Annual report on the mental hospital in the Central Provinces and Berar (Nagpur) - 1927-1951
Year: 1927
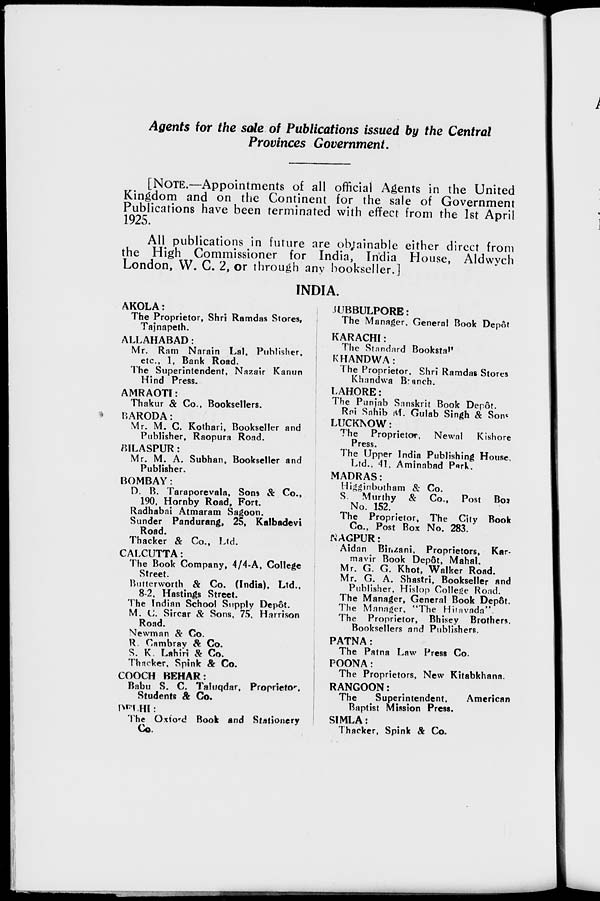
Agents for the sale of Publications issued by the Central
Provinces Government.
[NOTE.—Appointments of all official Agents in the United
Kingdom and on the Continent for the sale of Government
Publications have been terminated with effect from the 1st April
1925.
All publications in future are obtainable either direct from
the High Commissioner for India, India House, Aldwych
London, W. C. 2, or through any bookseller.]
INDIA.
AKOLA:
The Proprietor, Shri Ramdas Stores,
Tajnapeth.
ALLAHABAD:
Mr. Ram Narain Lal, Publisher,
etc., 1, Bank Road.
The Superintendent, Nazair Kanun
Hind Press.
AMRAOTI:
Thakur & Co., Booksellers.
BARODA:
Mr. M. C. Kothari, Bookseller and
Publisher, Raopura Road.
BILASPUR:
Mr. M. A. Subhan, Bookseller and
Publisher.
BOMBAY:
D. B. Taraporevala, Sons & Co.,
190, Hornby Road, Fort.
Radhabai Atmaram Sagoon.
Sunder Pandurang, 25, Kalbadevi
Road.
Thacker & Co., Ltd.
CALCUTTA:
The Book Company, 4/4-A, College
Street.
Butterworth & Co. (India), Ltd.,
8-2, Hastings Street.
The Indian School Supply Depôt.
M. C. Sircar & Sons, 75, Harrison
Road.
Newman & Co.
R. Cambray & Co.
S. K. Lahiri & Co.
Thacker, Spink & Co.
COOCH BEHAR:
Babu S. C. Taluqdar, Proprietor,
Students & Co.
DELHI:
The Oxford Book and Stationery
Co
JUBBULPORE:
The Manager, General Book Depôt
KARACHI:
The Standard Bookstall
KHANDWA:
The Proprietor, Shri Ramdas Stores
Khandwa Branch.
LAHORE:
The Punjab Sanskrit Book Depôt.
Rai Sahib M. Gulab Singh & Sons
LUCKNOW:
The Proprietor, Newal
Kishore
Press.
The Upper India Publishing House,
Ltd., 41, Aminabad Park.
MADRAS:
Higginbotham & Co.
S. Murthy & Co., Post Box
No. 152.
The Proprietor, The City Book
Co., Post Box No. 283.
NAGPUR:
Aidan Binzani, Proprietors, Kar-
mavir Book Depôt, Mahal.
Mr. G. G. Khot, Walker Road.
Mr. G. A. Shastri, Bookseller and
Publisher, Hislop College Road.
The Manager, General Book Depôt.
The Manager, "The Hitavada".
The Proprietor, Bhisey Brothers.
Booksellers and Publishers.
PATNA:
The Patna Law Press Co.
POONA:
The Proprietors, New Kitabkhana.
RANGOON:
The
Superintendent,
American
Baptist Mission Press.
SIMLA:
Thacker, Spink & Co.